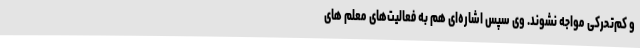
و کم‌تحرکی مواجه نشوند. وی سپس اشاره‌ای هم به فعالیت‌های معلم های